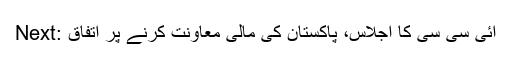
Next: آئی سی سی کا اجلاس، پاکستان کی مالی معاونت کرنے پر اتفاق